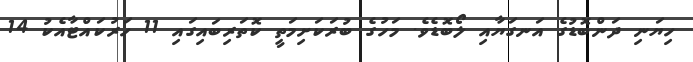
ހިޔަނި ދަންބޮޑުގެ އަނގަޔާއި ލޯބޮޑެވެ. މަހުގެ ބުރަކަށިމަތީ ކޮތަރިބައިގައި 11 ހަރުކައްޓާއެކު 14